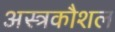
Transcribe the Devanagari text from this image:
अस्त्रकौशल